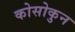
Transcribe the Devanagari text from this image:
कोसोकुन